Leningradi_Edasi_toimetus, lk 71
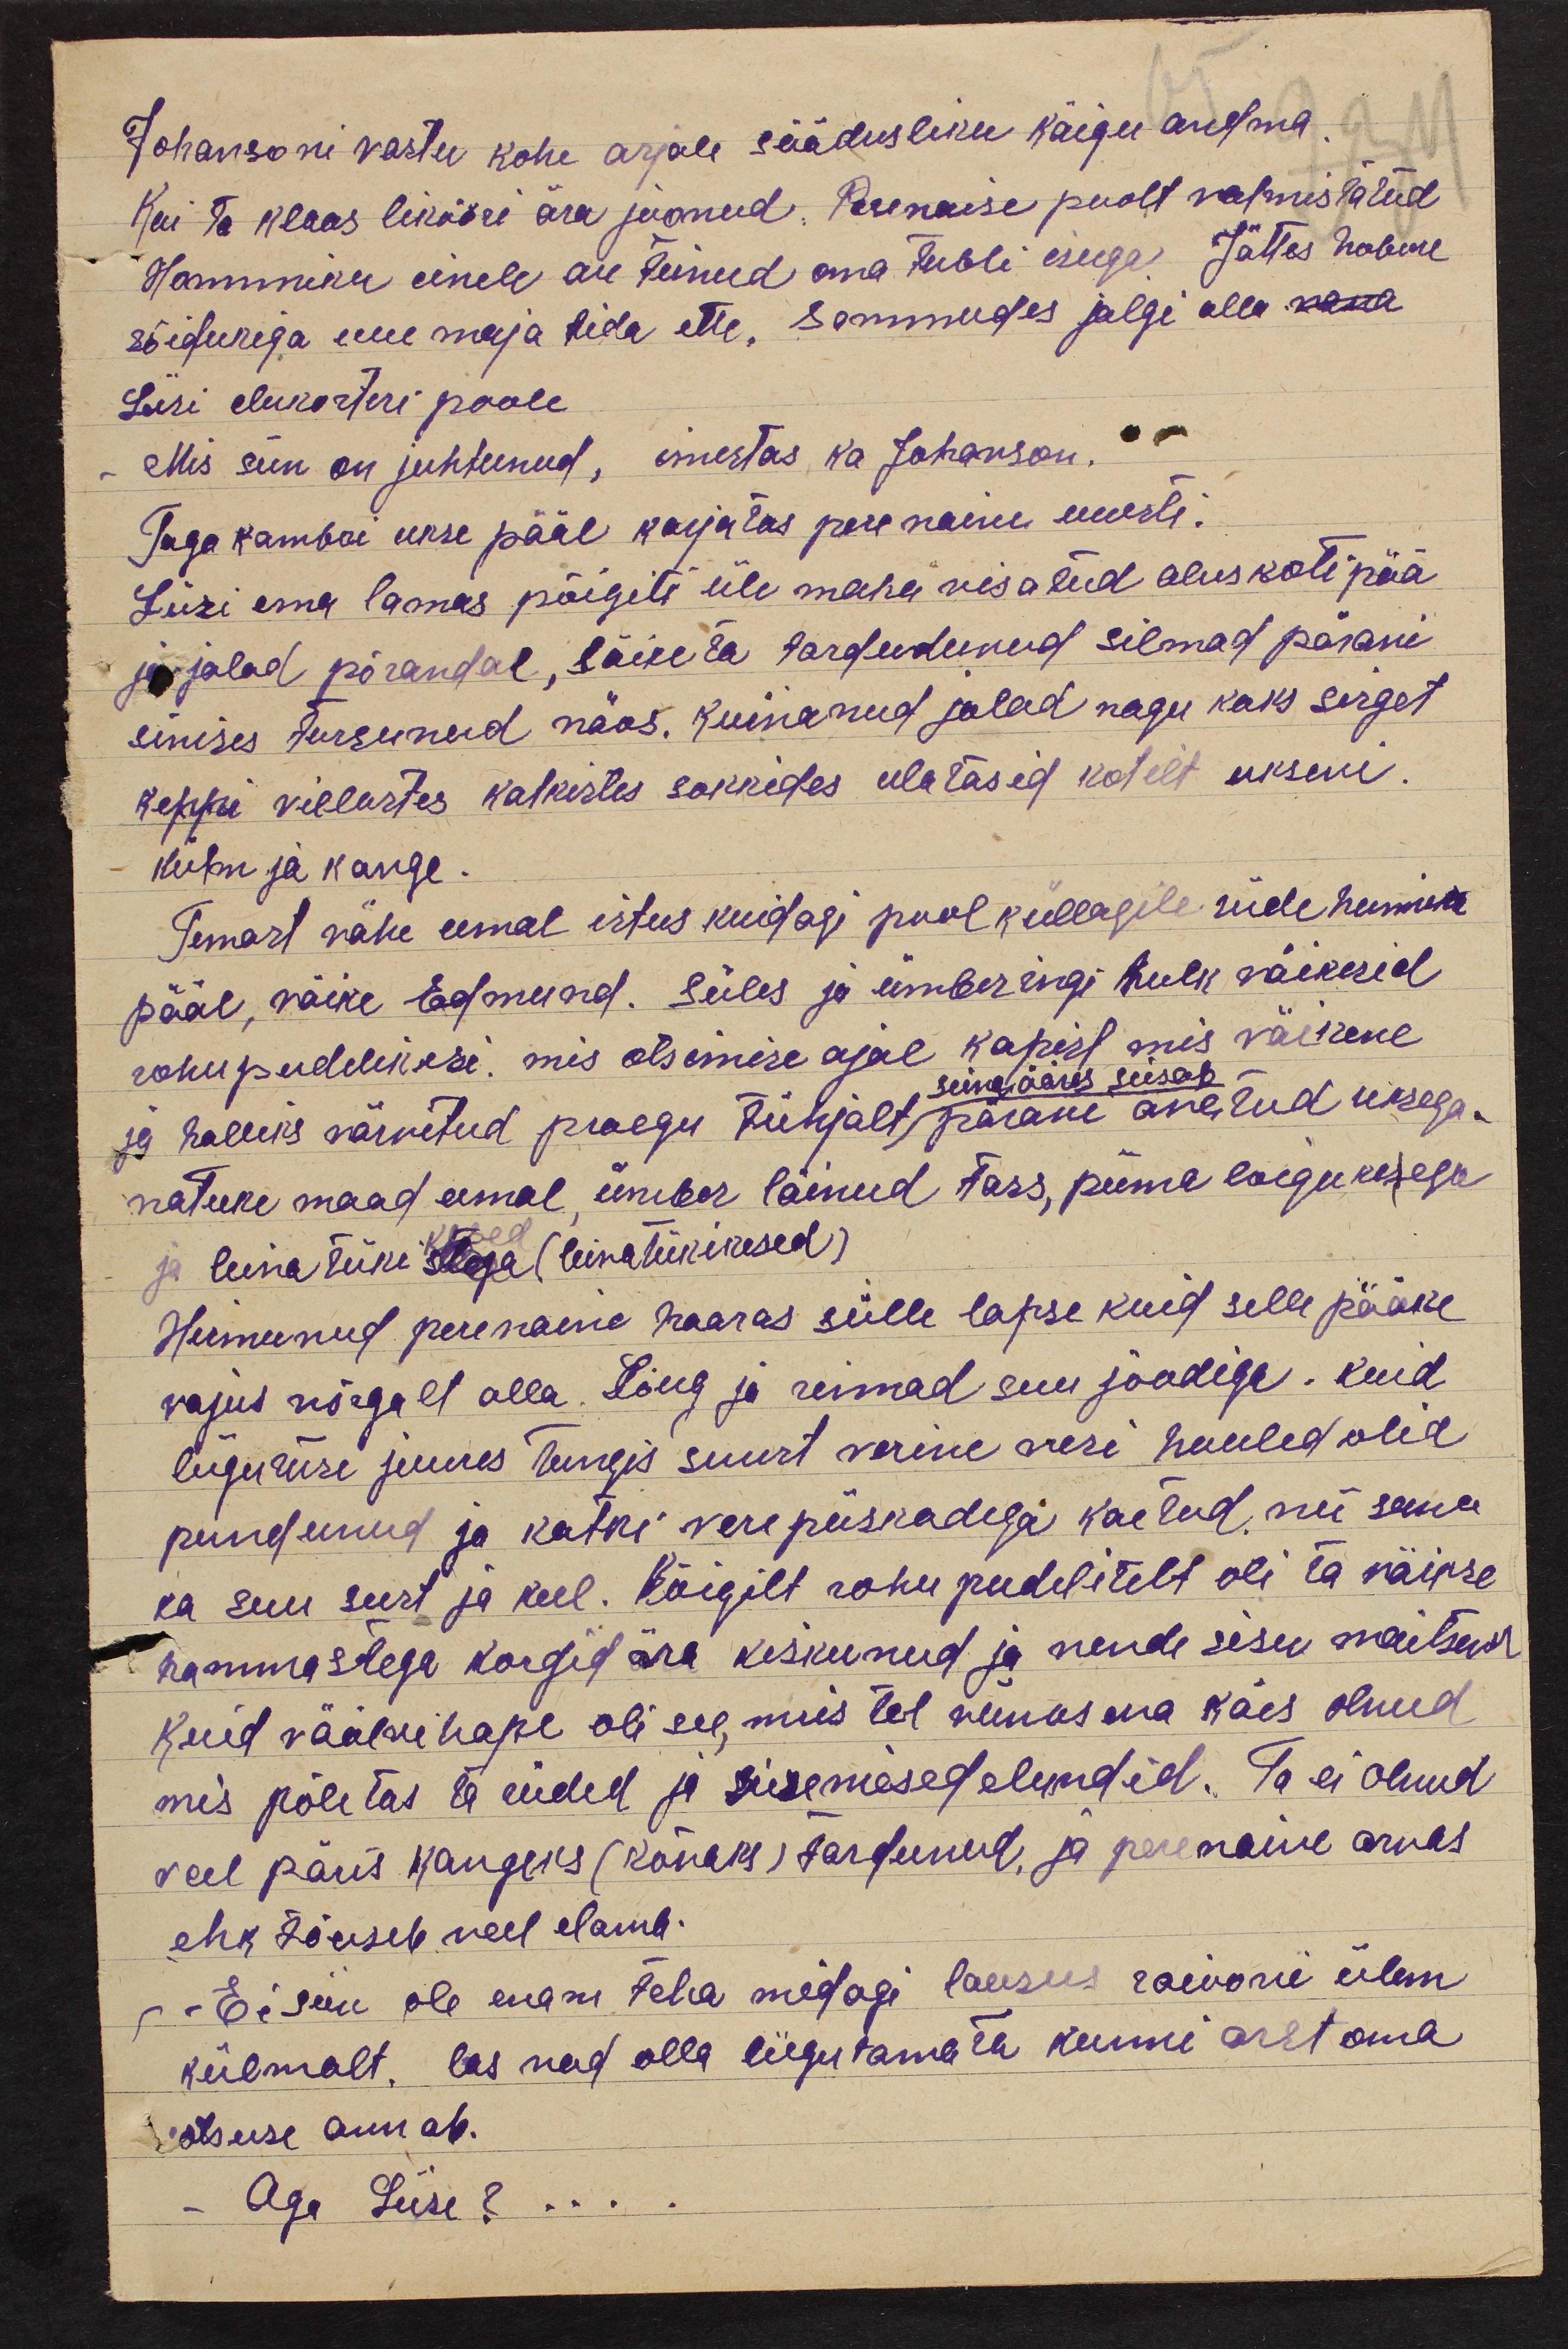
Johansoni vastu kohe asjale säädusliku käigu andma
Kui ta klaas likööri ära joonud. Perenaise poolt valmistatud
Hommiku einele au teinud oma tubli isuga. Jättes hobuse
sõidukiga uue maja rida ette, sammudes jalgi alla vana
Liisi elukorteri poole.
Mis siin on juhtunud, imestas ka Johanson.
Tagakambri ukse pääl karjatas perenaine uuesti.
Liisi ema lamas põigiti üle maha visatud aluskoti pää
ja jalad põrandal, läiketa tardudunud silmad pärani
sinises tursunud näos. Kuivanud jalad nagu kaks sirget
keppi villastes katkistes sokkides ulatasid kotilt ukseni.
külm ja kange.
Temast vähe eemal istus kuidagi pool küllagile riide hunniku
pääl, väike Edmund. Süles ja ümberingi hulk väikesid
rohupudelikesi. mis otsimise ajal kapist mis väikene
seina ääres seisab
ja halliks värvitud praegu tühjalt pärani avatud uksega.
natuke maad eemal, ümber läinud tass, piima loigukesega
ja leiva tüki selga (leivatükikesed)
kesed
Hirmunud perenaine haaras sülle lapse kuid selle pääke
vajus nõrgalt alla. Lõug ja rinnad suu joodiga. kuid
liigutuse juures tungis suust verine veri huuled olid
pundunud ja katki vere piiskadega kaetud. nii sama
ka suu seest ja keel. Kõigilt rohu pudelitelt oli ta väikse
hammastega korgid ära kiskunud ja nende sisu maitsenud
kuid väälvihape oli see, mis tal viimasena käes olnud
mis põletas ta riided ja sisemesed elundid. Ta ei olnud
veel päris kangeks (kõvaks) tardunud, ja perenaine arvas
ehk tõuseb veel elama.
- Ei siin ole enam teha midagi lausus raiooni ülem
külmalt. las nad olla liigutamata kunni arst oma
otsuse annab.
Aga Liise?...